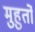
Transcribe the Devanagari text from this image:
मुहुर्तों